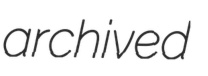
archived